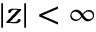
| z | < \infty